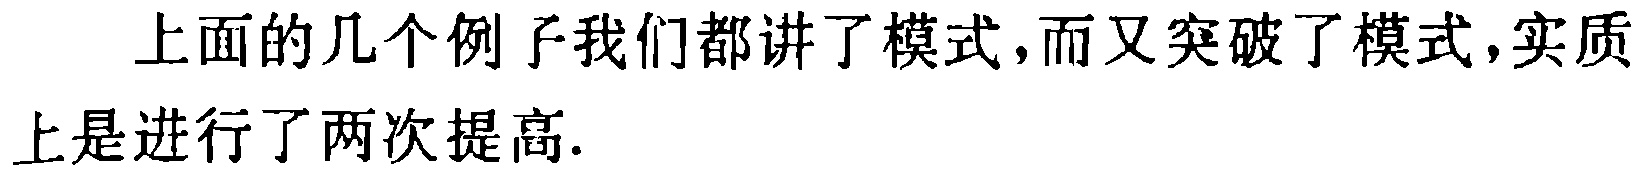
上面的几个例子我们都讲了模式,而又突破了模式,实质上是进行了两次提高.